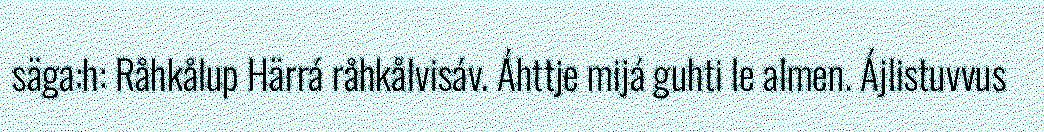
säga:h: Råhkålup Härrá råhkålvisáv. Áhttje mijá guhti le almen. Ájlistuvvus